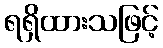
ရရှိထားသဖြင့်